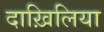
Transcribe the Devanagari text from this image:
दाख़िलिया